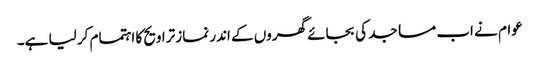
عوام نے اب مساجد کی بجائے گھروں کے اندر نماز تراویح کا اہتمام کر لیا ہے۔